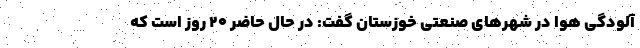
آلودگی هوا در شهرهای صنعتی خوزستان گفت: در حال حاضر ۲۰ روز است که